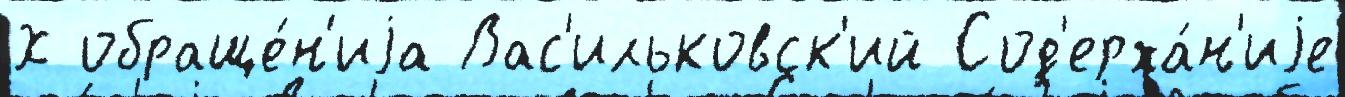
Х обраще́н'иjа Вас'ильковск'ий Сод'ержа́н'иjе